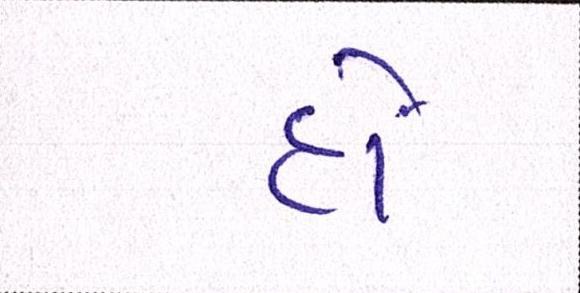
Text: હોં